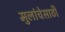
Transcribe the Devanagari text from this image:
मुलांचेसाठी